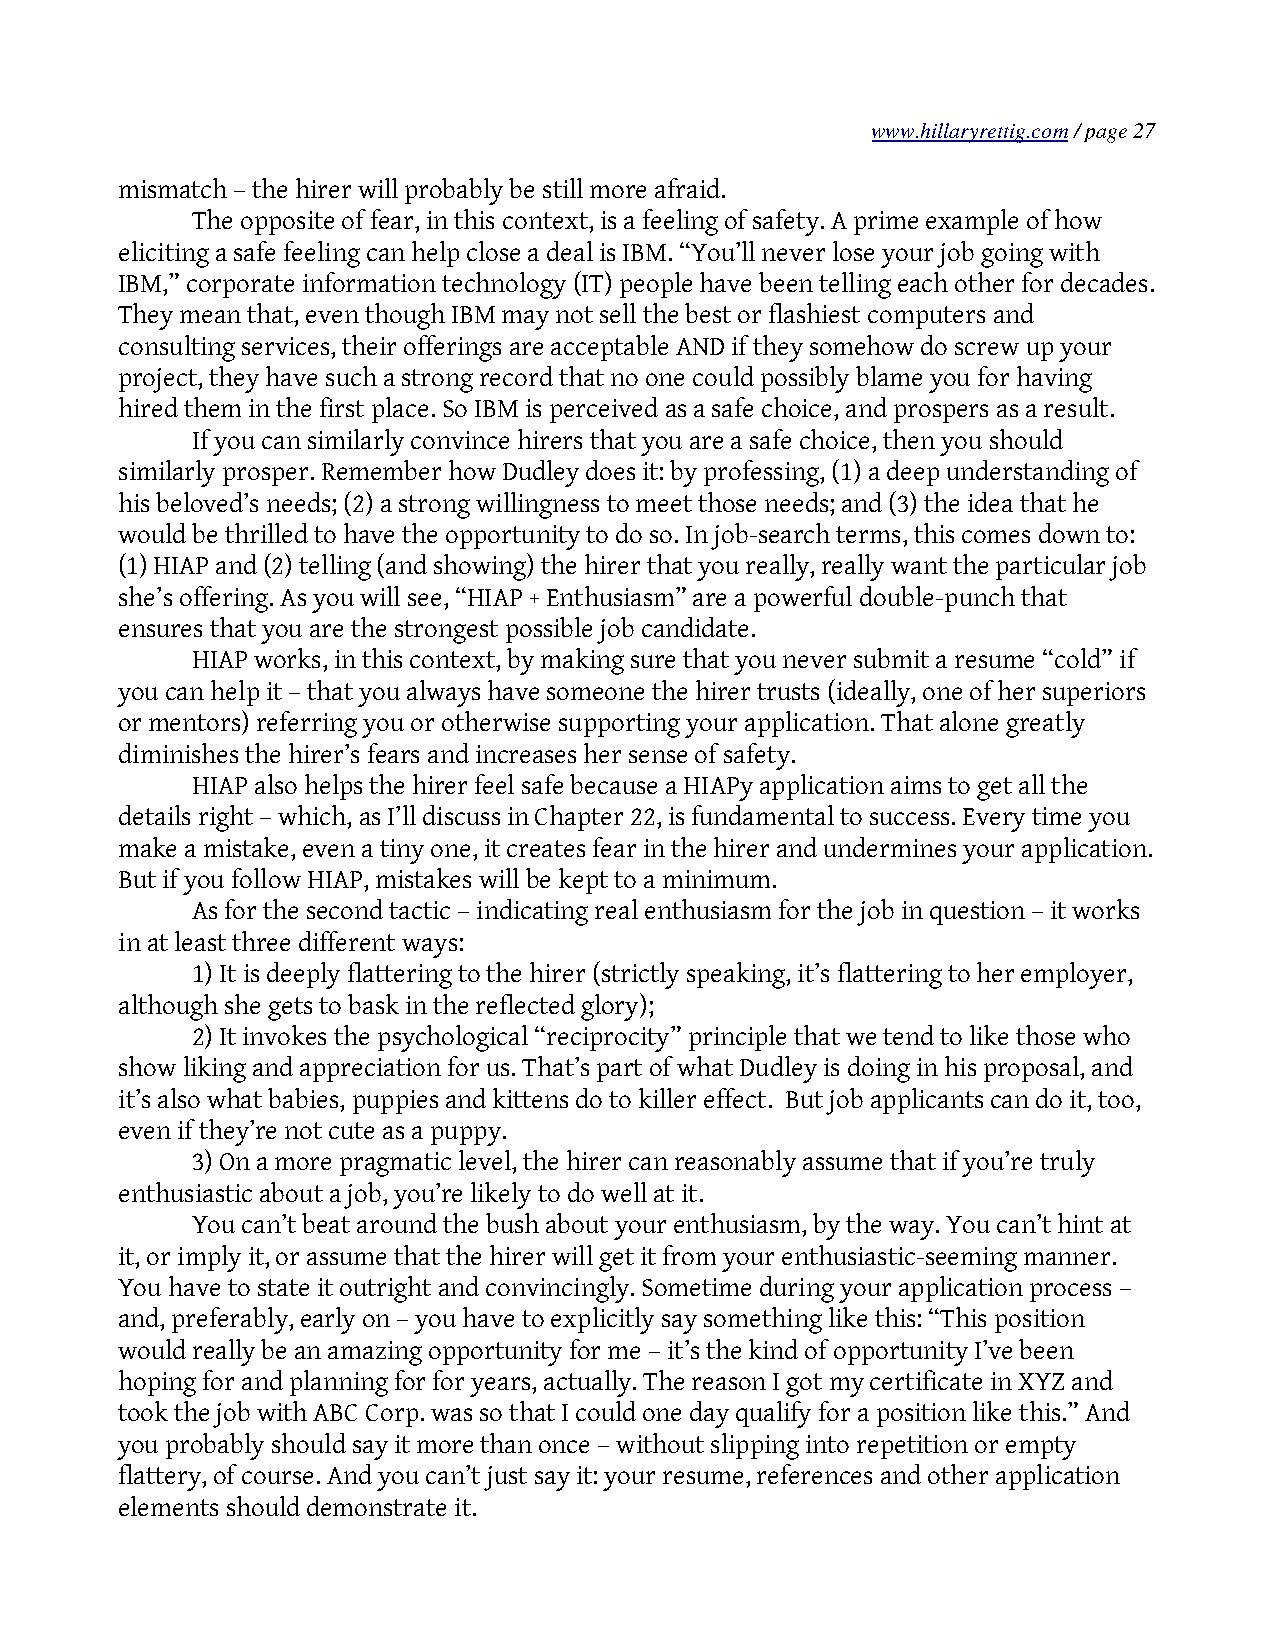
www.hillaryrettig.com / page 27
 mismatch – the hirer will probably be still more afraid.
 The opposite of fear, in this context, is a feeling of safety. A prime example of how
 eliciting a safe feeling can help close a deal is IBM. “You’ll never lose your job going with
 IBM,” corporate information technology (IT) people have been telling each other for decades.
 They mean that, even though IBM may not sell the best or flashiest computers and
 consulting services, their offerings are acceptable AND if they somehow do screw up your
 project, they have such a strong record that no one could possibly blame you for having
 hired them in the first place. So IBM is perceived as a safe choice, and prospers as a result.
 If you can similarly convince hirers that you are a safe choice, then you should
 similarly prosper. Remember how Dudley does it: by professing, (1) a deep understanding of
 his beloved’s needs; (2) a strong willingness to meet those needs; and (3) the idea that he
 would be thrilled to have the opportunity to do so. In job-search terms, this comes down to:
 (1) HIAP and (2) telling (and showing) the hirer that you really, really want the particular job
 she’s offering. As you will see, “HIAP + Enthusiasm” are a powerful double-punch that
 ensures that you are the strongest possible job candidate.
 HIAP works, in this context, by making sure that you never submit a resume “cold” if
 you can help it – that you always have someone the hirer trusts (ideally, one of her superiors
 or mentors) referring you or otherwise supporting your application. That alone greatly
 diminishes the hirer’s fears and increases her sense of safety.
 HIAP also helps the hirer feel safe because a HIAPy application aims to get all the
 details right – which, as I’ll discuss in Chapter 22, is fundamental to success. Every time you
 make a mistake, even a tiny one, it creates fear in the hirer and undermines your application.
 But if you follow HIAP, mistakes will be kept to a minimum.
 As for the second tactic – indicating real enthusiasm for the job in question – it works
 in at least three different ways:
 1) It is deeply flattering to the hirer (strictly speaking, it’s flattering to her employer,
 although she gets to bask in the reflected glory);
 2) It invokes the psychological “reciprocity” principle that we tend to like those who
 show liking and appreciation for us. That’s part of what Dudley is doing in his proposal, and
 it’s also what babies, puppies and kittens do to killer effect. But job applicants can do it, too,
 even if they’re not cute as a puppy.
 3) On a more pragmatic level, the hirer can reasonably assume that if you’re truly
 enthusiastic about a job, you’re likely to do well at it.
 You can’t beat around the bush about your enthusiasm, by the way. You can’t hint at
 it, or imply it, or assume that the hirer will get it from your enthusiastic-seeming manner.
 You have to state it outright and convincingly. Sometime during your application process –
 and, preferably, early on – you have to explicitly say something like this: “This position
 would really be an amazing opportunity for me – it’s the kind of opportunity I’ve been
 hoping for and planning for for years, actually. The reason I got my certificate in XYZ and
 took the job with ABC Corp. was so that I could one day qualify for a position like this.” And
 you probably should say it more than once – without slipping into repetition or empty
 flattery, of course. And you can’t just say it: your resume, references and other application
 elements should demonstrate it.